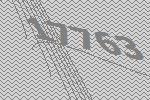
17763